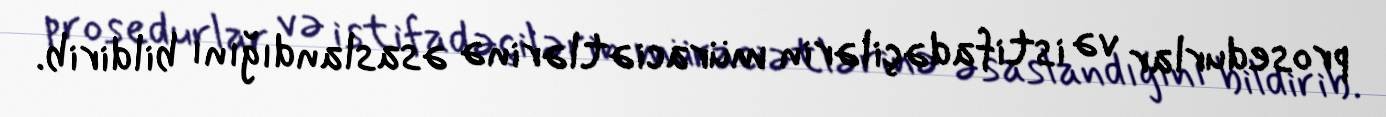
prosedurlar və istifadəçilərin müraciətlərinə əsaslandığını bildirib.